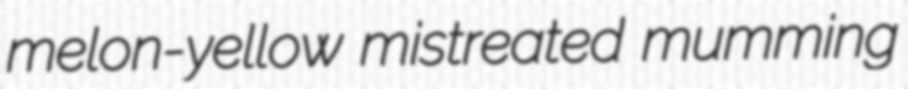
melon-yellow mistreated mumming